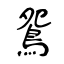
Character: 鴛